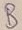
Text: B